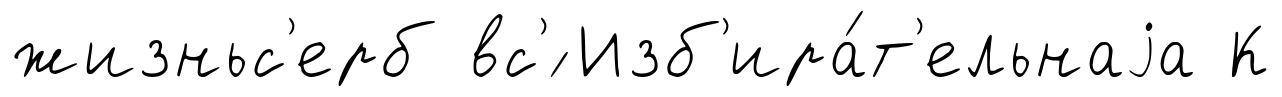
жизньс'ерб вс'́ Изб'ира́т'ельнаjа К